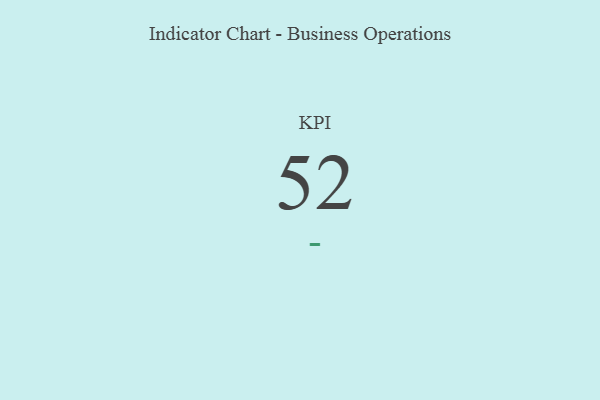
{"axis": {"x": "KPI", "y": "Value"}, "legend": [""], "data": [{"x": "KPI", "y": 52, "type": ""}]}